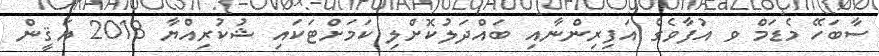
ސާބަހޭ މެޑަމް ވ އުފާވެގެ އަފިރިންނާއި ބައްދަލުކޮށްލި ކަމަށްޓަކައި ޝުކުރިއްޔާ 2018 ޔަޤީން